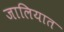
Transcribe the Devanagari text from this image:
जालियात